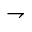
\rightharpoondown